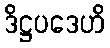
ဒိဋ္ဌပဒေဟိ